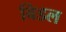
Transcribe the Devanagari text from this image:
बिडल